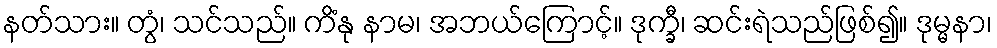
နတ်သား။ တွံ၊ သင်သည်။ ကိံနု နာမ၊ အဘယ်ကြောင့်။ ဒုက္ခီ၊ ဆင်းရဲသည်ဖြစ်၍။ ဒုမ္မနာ၊